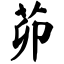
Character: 茆